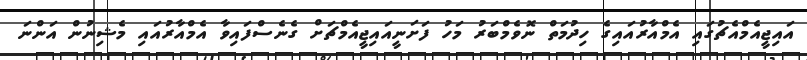
އައިޖީއެމްއެޗުގައި އެމްއާރުއައިގެ ހިދުމަތް ނޮވެމްބަރު މަހު ފަށަނީއައިޖީއެމްޗަށް ގެނެސްފައިވާ އެމްއާރުއައި މެޝިނުން އަންނަ